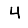
Digit: 4